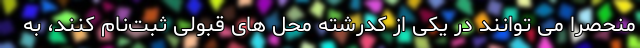
منحصرا می توانند در یکی از کدرشته‌ محل های قبولی ثبت‌نام کنند، به